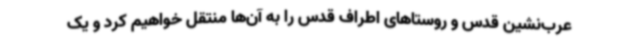
عرب‌نشین قدس و روستاهای اطراف قدس را به آن‌ها منتقل خواهیم کرد و یک